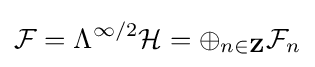
{\mathcal {F}}=\Lambda ^{\infty /2}{\mathcal {H}}=\oplus _{n\in \mathbf {Z} }{\mathcal {F}}_{n}